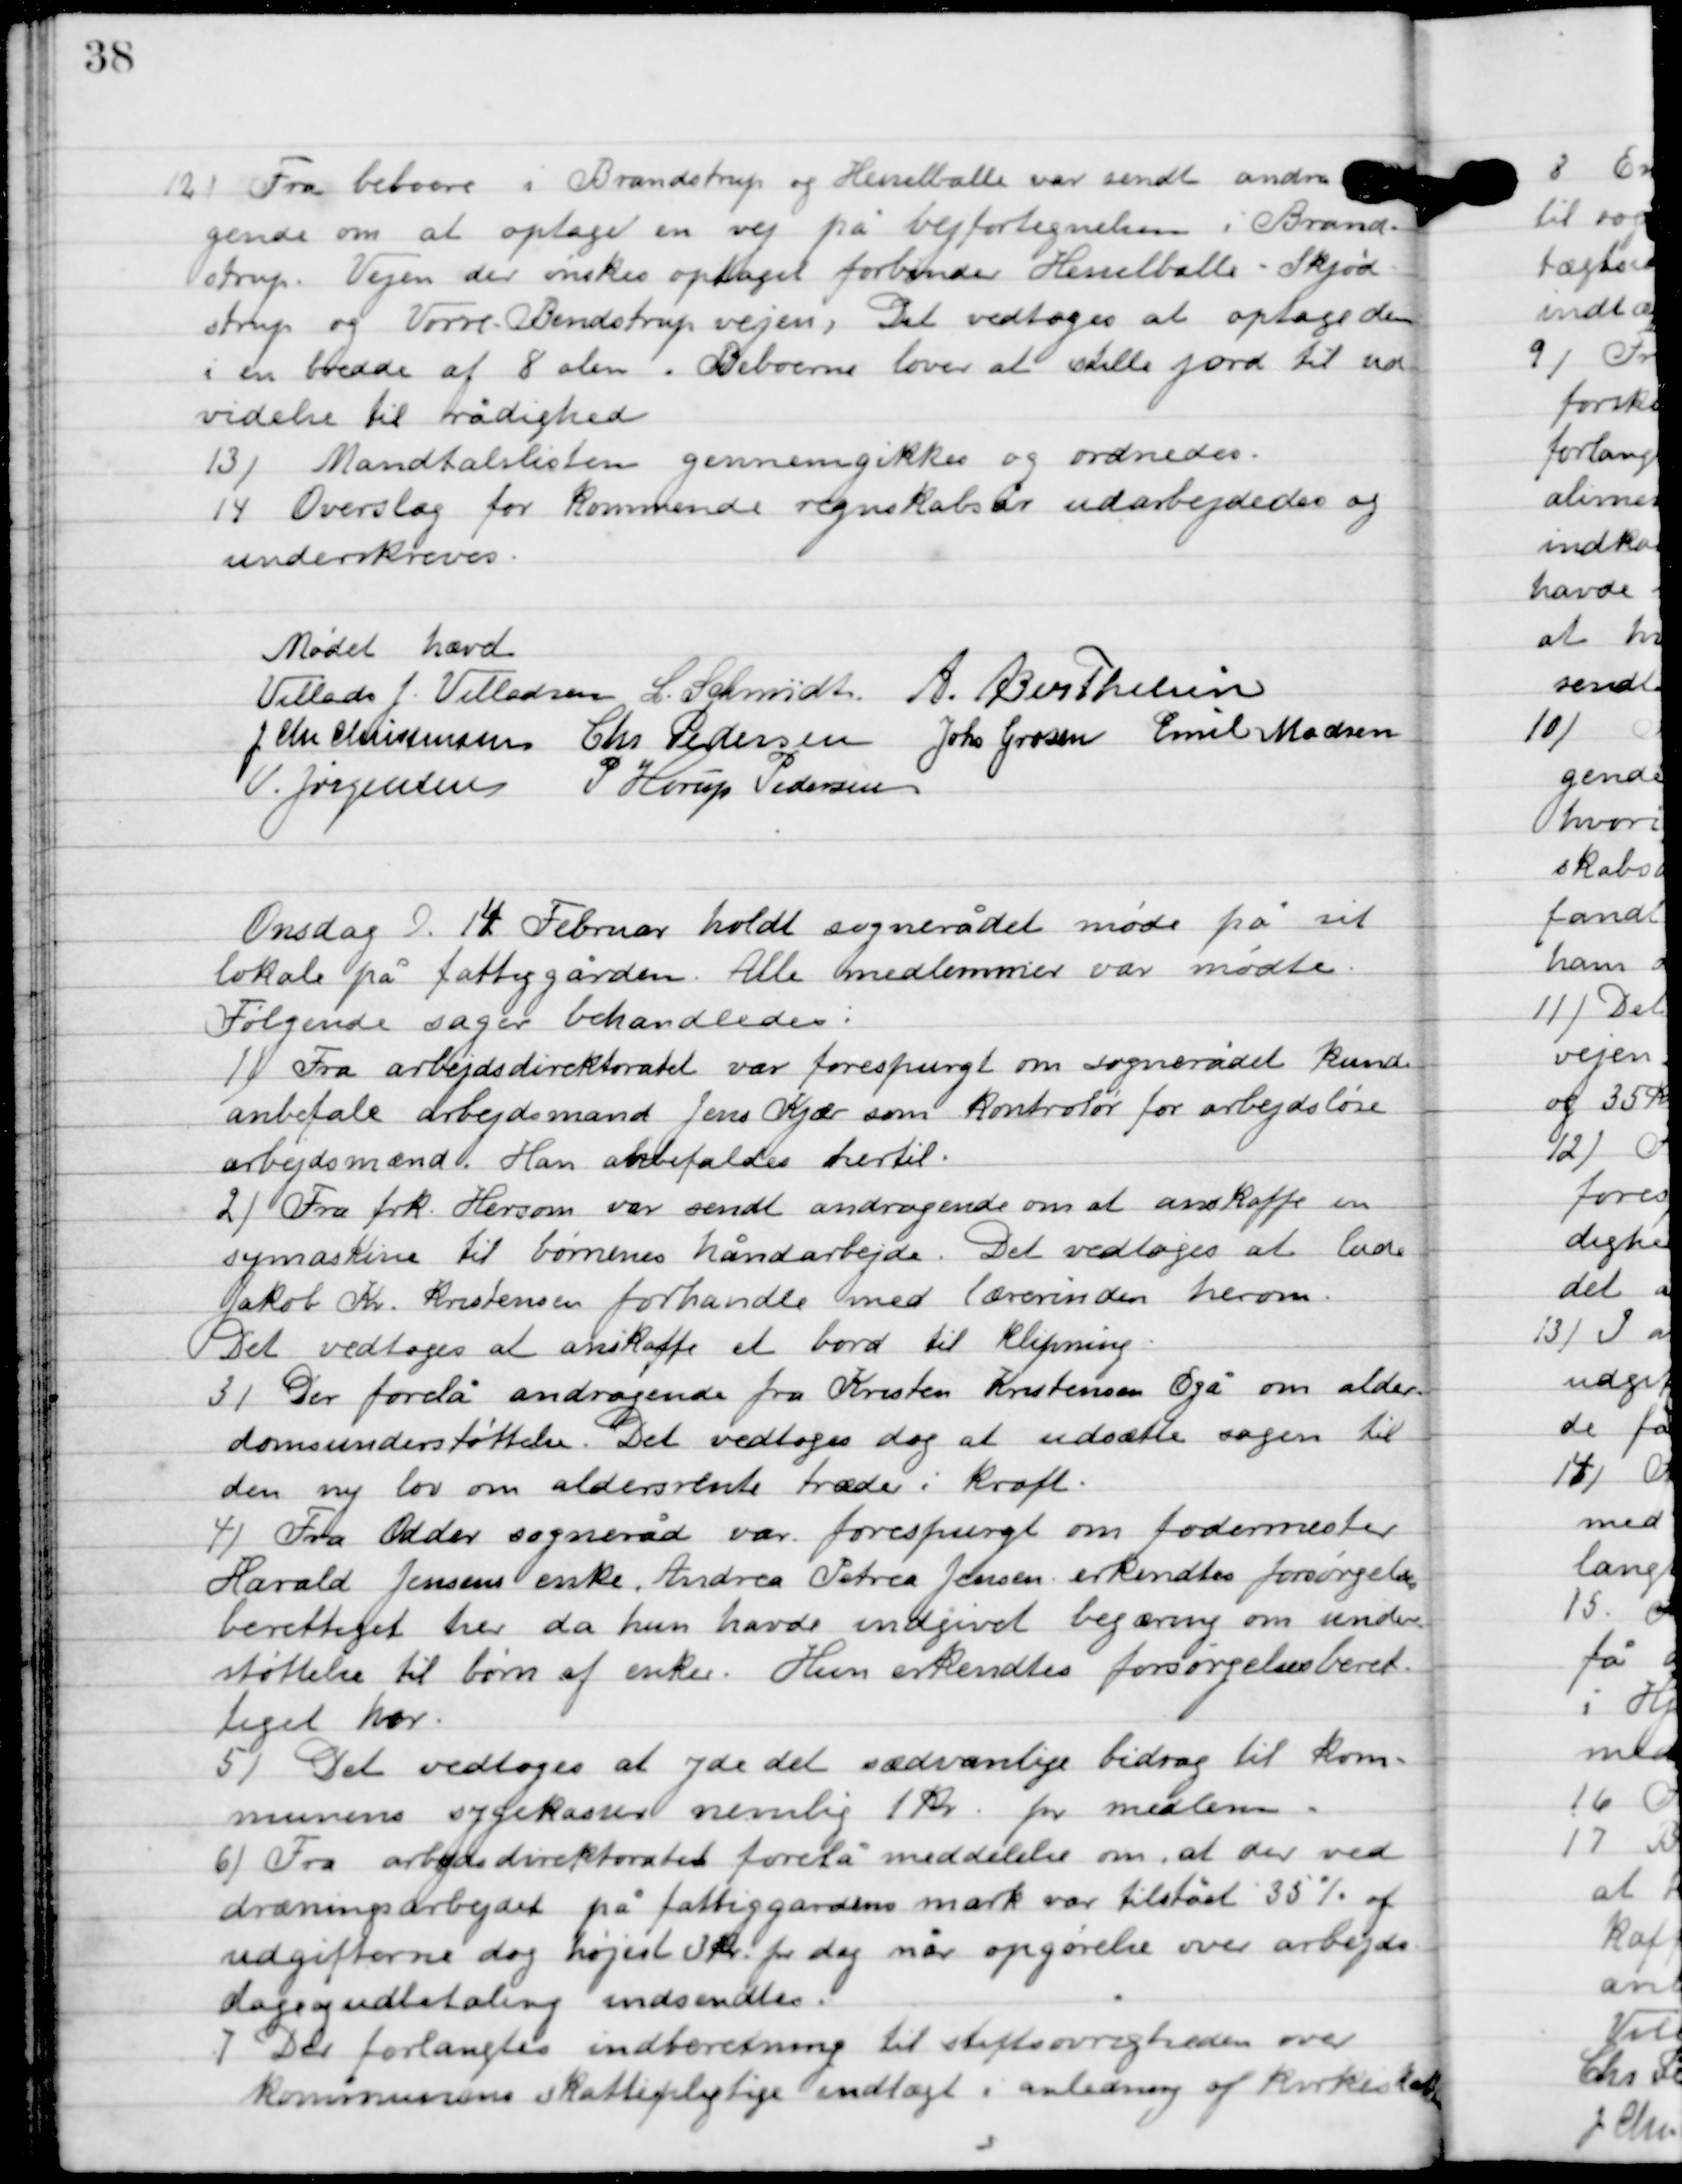
Transskription:
12

Fra beboere i Brandstrup og Hesselballe var sendt andra-
gende om at optage en vej på vejfortegnelsen i Brand-
strup. Vejen der ønskes optaget forbinder Hesselballe-Skjøds-
trup og Vorre-Brendstrup, Det vedtoges at optage den
i en bredde af 8 alen. Beboerne lover at stille jord til ud-
videlse til rådighed.

13

Mantalslisten gennemgikkes og ordenedes.

14

Overslag for kommende regnskabsår udarbejdedes og
underskrives.

Mødet hævet

Villads J. Villadsen
L. Schmidt
A. Berthelsen
J. Chr. Christensen
Chr. Pedersen
Johs. Grosen
Emil Madsen
V. Jørgensen
P. Horup Pedersen

Onsdag D. 14. Februar holdt sognerådet møde sit
lokalet på fattiggården, Alle medlemmer var mødte.
 Følgende sager behandledes:

1

Fra arbejdes direktorat var forespurgt om sognerådet kunde
anbefale arbejdsmand jens Kjær som kontrollør for arbejdsløse
arbejdsmænd. Han anbefales dertil.

2

Fra frk. Hersom var sendt andragende om at anskaffe en
symaskine til børnenes håndarbejde. Det vedtoges at lade
Jacob Kr. Kristensen forhandle med lærerinden herom.
Det vedtoges at anskaffet et bord til klipning.

3

Der forelå andragende fra Kristen Kristensen Egå om alder-
domsunderstøttelse. Det vedtoges dog at udsætte sagen til
den ny lov om aldersrente træder i kraft.

4

Fra Odder sogneråd var forespurgt om fodermester
Harald Jensnes enke Andrea Petrea Jensen erkendes forøgelses-
berettiget her, da hun havde indgivet begæring om under-
støttelse til børn af enker. Hun erkendtes forsørgelsesberet-
tiget her.

5

Det vedtoges at yde det sædvanlige bidrag til kom-
munens sygekasse nemlig 1 kr. for medlem.

6

Fra arbejdes direktoratet forelå meddelelse om, at der ved
dræningsarbejdet på fattiggårdens mark var tilstået 35 % af
udgifterne dog højest 3 kr. pr. dag når opgørelse over arbejdes
dage og udbetaling indsættes.

7

Det forlangtes indberetning til stiftsøvrigheden over
kommunens skattepligtige indtægt i anledning af kirkeskatten